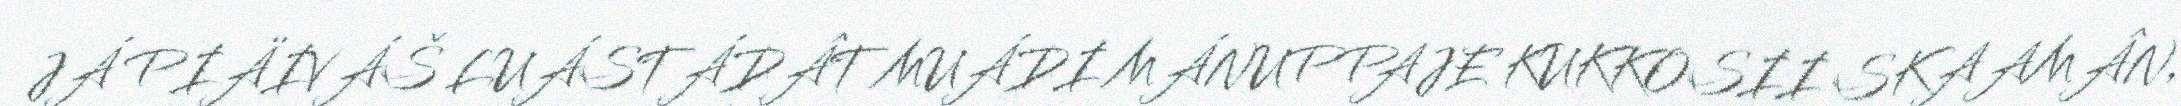
JÁ PIÄIVÁŠ LUÁSTÁDÂT MUÁDI MÁNUPPAJE KUKKOSII SKAAMÂN,